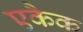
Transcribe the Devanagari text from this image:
एकैक